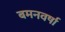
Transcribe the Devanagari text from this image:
बमनवर्षा